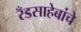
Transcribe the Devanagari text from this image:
रँडसाहेबांचे